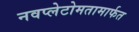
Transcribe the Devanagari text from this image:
नवप्लेटोमतामार्फत